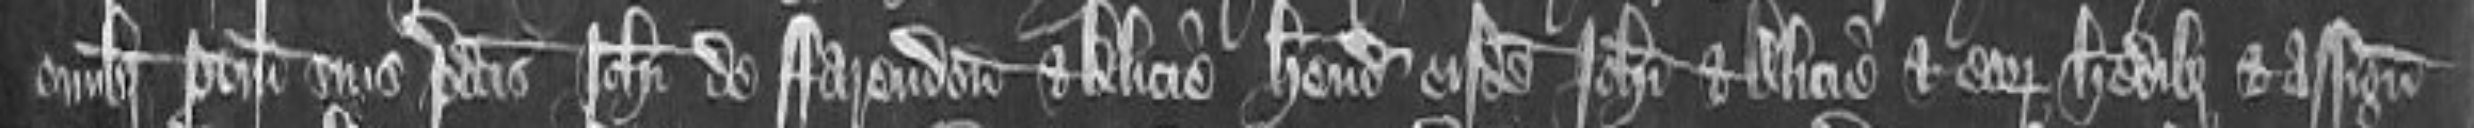
omnibus pertinenciis suis predictis Johanni de Farendon et Alicie habendum eisdem Johanni et Alicie et eorum heredibus et asslignatis